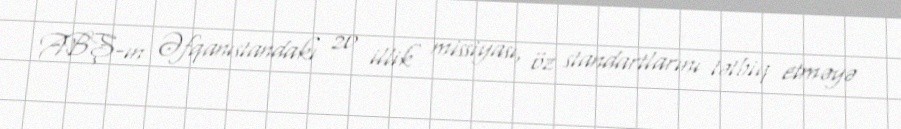
ABŞ-ın Əfqanıstandakı 20 illik missiyası, öz standartlarını tətbiq etməyə